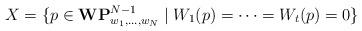
LaTeX: \begin{align*}X=\{ p\in {\bf WP}^{N-1}_{w_1,\ldots,w_N} \mid W_1(p)=\cdots=W_{t}(p)=0\}\end{align*}